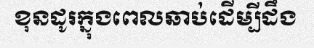
ខុនដូរក្នុងពេលឆាប់ដើម្បីដឹង